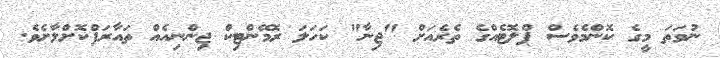
ނުވަތަ މީގެ ކޮންމެވެސް ޕްލޮޓެއްގެ ތެރެއަށް "ޖިނާ" ކަހަލަ ރޮމޭންޓިކް ޖިންނިއެއް ތައާރަފްކޮށްލާށެވެ.